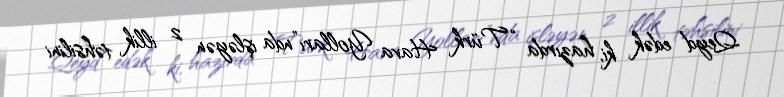
Qeyd edək ki, hazırda “Türk Hava Yolları”nda işləyən 2 illik təhsilini